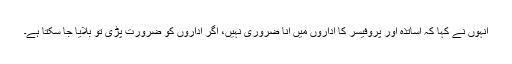
انہوں نے کہا کہ اساتذہ اور پروفیسر کا اداروں میں آنا ضروری نہیں، اگر اداروں کو ضرورت پڑی تو بلایا جا سکتا ہے۔